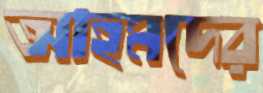
আহমদের